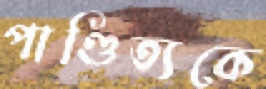
পাণ্ডিত্যকে